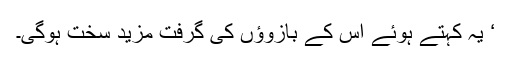
‘ یہ کہتے ہوئے اس کے بازوؤں کی گرفت مزید سخت ہوگی۔